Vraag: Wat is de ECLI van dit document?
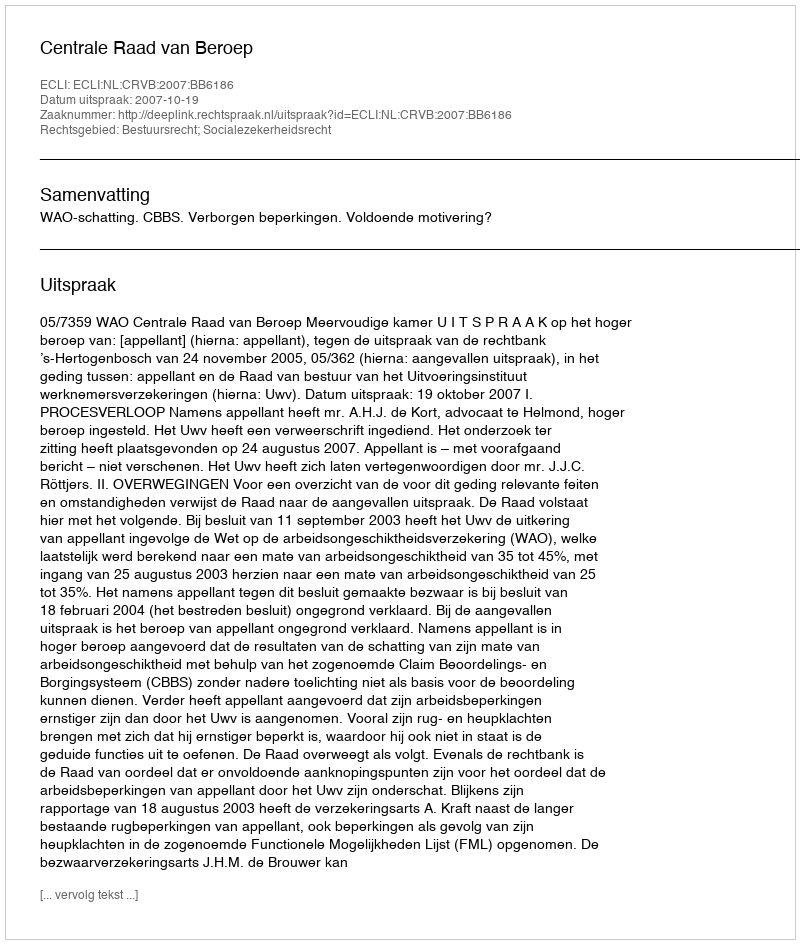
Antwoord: ECLI:NL:CRVB:2007:BB6186